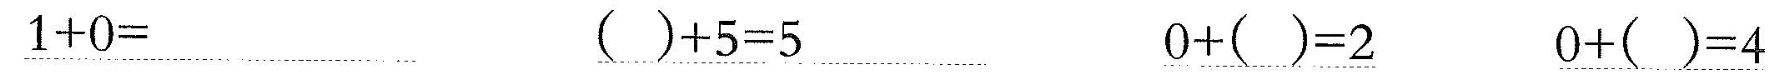
\underline{$$1 + 0 =$$} \underline{$$( ) + 5 = 5$$} \underline{$$0 + ( ) = 2$$} \underline{$$0 + ( ) = 4$$}